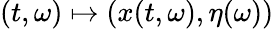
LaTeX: (t,\omega)\mapsto(x(t,\omega),\eta(\omega))